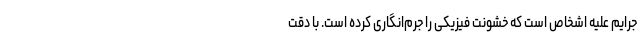
جرایم علیه اشخاص است که خشونت فیزیکی را جرم‌انگاری کرده است. با دقت